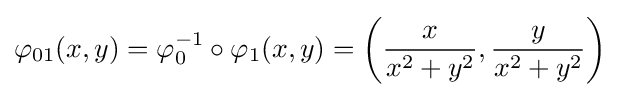
\varphi _{01}(x,y)=\varphi _{0}^{-1}\circ \varphi _{1}(x,y)=\left({\frac {x}{x^{2}+y^{2}}},{\frac {y}{x^{2}+y^{2}}}\right)